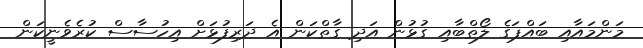
މަންމައާއި ބައްޕަގެ ލޯތްބާއި ގުޅުން އަދި ގާތްކަން އެ ދަރިފުޅަށް އިހުސާސް ކުރެވެނީކަން